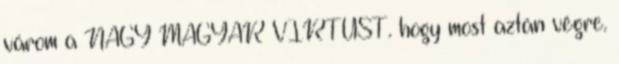
várom a NAGY MAGYAR VIRTUST. hogy most aztán végre.